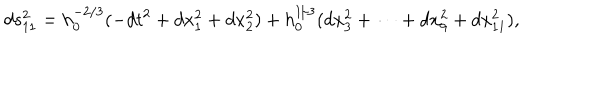
d s _ { 1 1 } ^ { 2 } = h _ { 0 } ^ { - 2 / 3 } ( - d t ^ { 2 } + d x _ { 1 } ^ { 2 } + d x _ { 2 } ^ { 2 } ) + h _ { 0 } ^ { 1 / 3 } ( d x _ { 3 } ^ { 2 } + \cdots + d x _ { 9 } ^ { 2 } + d x _ { 1 1 } ^ { 2 } ) ,